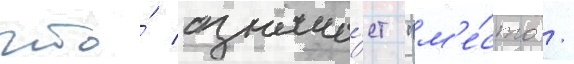
что́ означа́ет "м'е́сто /